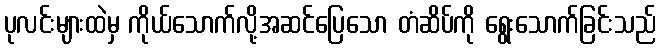
ပုလင်းများထဲမှ ကိုယ်သောက်လို့အဆင်ပြေသော တံဆိပ်ကို ရွေးသောက်ခြင်းသည်